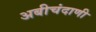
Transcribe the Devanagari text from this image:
अबीचंदाणी